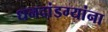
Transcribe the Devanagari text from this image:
धनदांडग्यांना